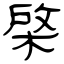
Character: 棨